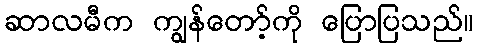
ဆာလမီက ကျွန်တော့်ကို ပြောပြသည်။